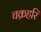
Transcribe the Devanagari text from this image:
चक्रहरि